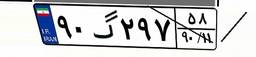
۹۰گ۲۹۷۵۸